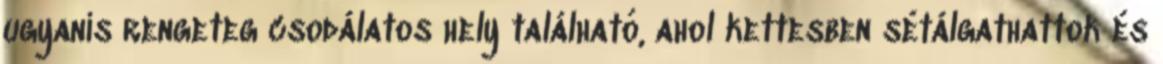
ugyanis rengeteg csodálatos hely található, ahol kettesben sétálgathattok és